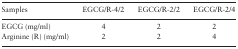
| Samples | EGCG/R-4/2 | EGCG/R-2/2 | EGCG/R-2/4 |
 | --- | --- | --- | --- |
 | EGCG (mg/ml) | 4 | 2 | 2 |
 | Arginine (R) (mg/ml) | 2 | 2 | 4 |